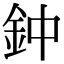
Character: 鈡